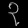
Digit: ၃